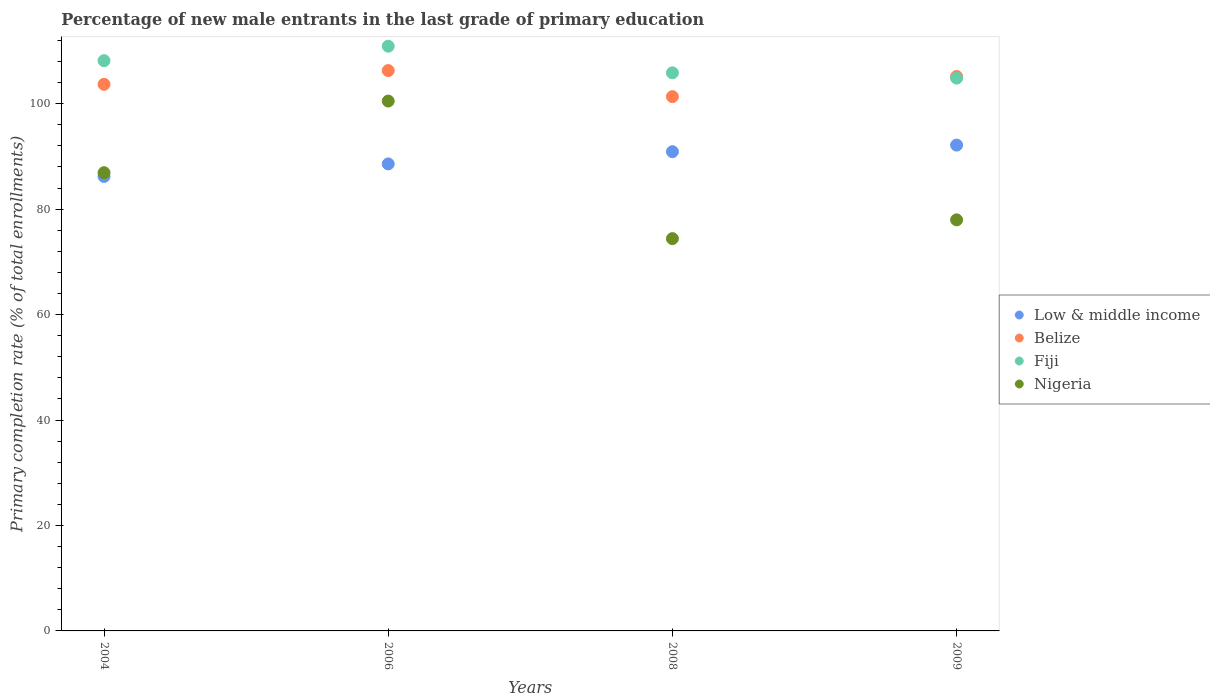
| Years | Low & middle income | Belize | Fiji | Nigeria |
 | --- | --- | --- | --- | --- |
 | 2004 | 86.2 | 104 | 108 | 86.9 |
 | 2006 | 88.6 | 106 | 111 | 100 |
 | 2008 | 90.9 | 101 | 106 | 74.4 |
 | 2009 | 92.1 | 105 | 105 | 78 |